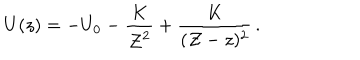
U ( z ) = - U _ { 0 } - { \frac { K } { { \cal Z } ^ { 2 } } } + { \frac { K } { ( { \cal Z } - z ) ^ { 2 } } } \, .